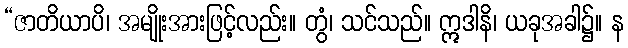
“ဇာတိယာပိ၊ အမျိုးအားဖြင့်လည်း။ တွံ၊ သင်သည်။ ဣဒါနိ၊ ယခုအခါ၌။ န